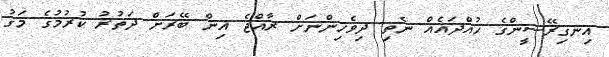
އިނގިރޭސީންގެ ހުއްދައެއް ނެތި ދިވެހިންނަށް ރާއްޖެ އިން ބޭރަށް ދަތުރު ކުރުމުގެ މަގު